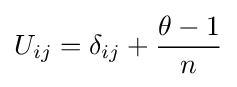
U_{ij}=\delta _{ij}+{\frac {\theta -1}{n}}